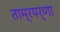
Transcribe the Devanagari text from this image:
ताम्रपर्णा